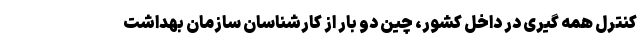
کنترل همه گیری در داخل کشور، چین دو بار از کارشناسان سازمان بهداشت